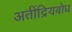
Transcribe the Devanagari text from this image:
अतींद्रियबोध